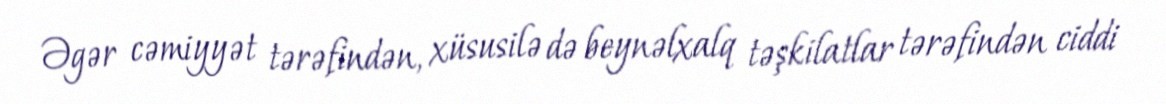
Əgər cəmiyyət tərəfindən, xüsusilə də beynəlxalq təşkilatlar tərəfindən ciddi